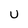
Character: u